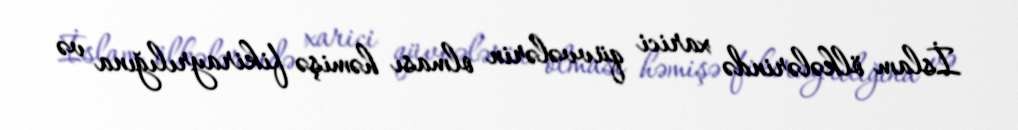
İslam ölkələrində xarici qüvvələrin olması həmişə fikirayrılığına və